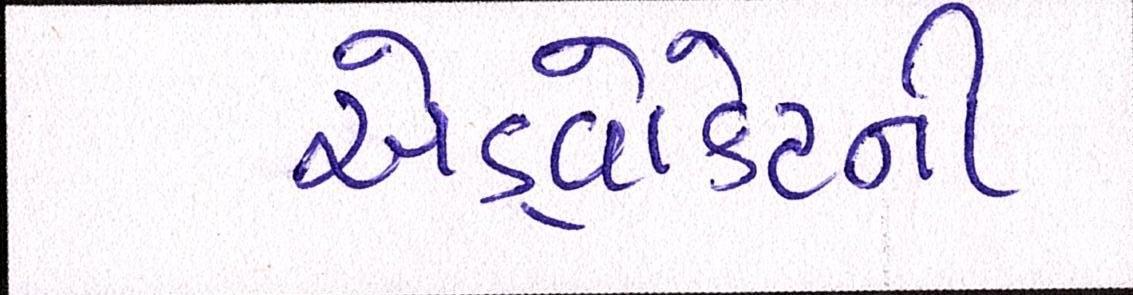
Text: એડ્વોકેટની